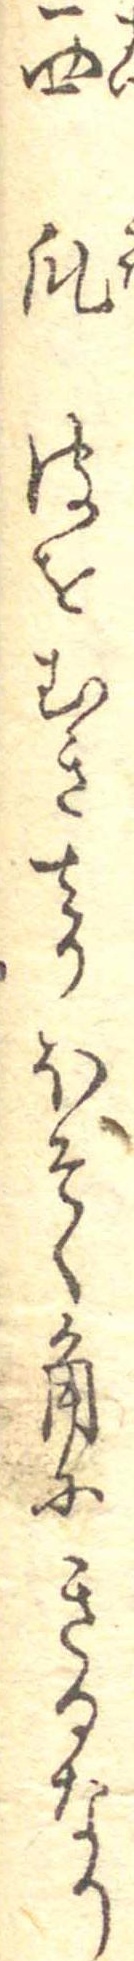
西瓜皮をむきさりほそく角にきるなり